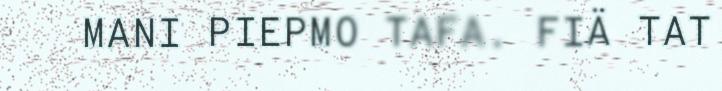
MANI PIEPMO TAFA. FIÄ TAT